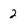
Character: 2